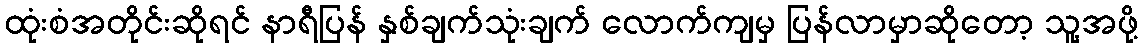
ထုံးစံအတိုင်းဆိုရင် နာရီပြန် နှစ်ချက်သုံးချက် လောက်ကျမှ ပြန်လာမှာဆိုတော့ သူ့အဖို့